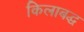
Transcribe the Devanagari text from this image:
किलाबद्ध